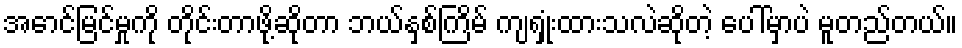
အောင်မြင်မှုကို တိုင်းတာဖို့ဆိုတာ ဘယ်နှစ်ကြိမ် ကျရှုံးထားသလဲဆိုတဲ့ ပေါ်မှာပဲ မူတည်တယ်။